Indian journal of veterinary science and animal husbandry - Volume 2,
Year: 1932
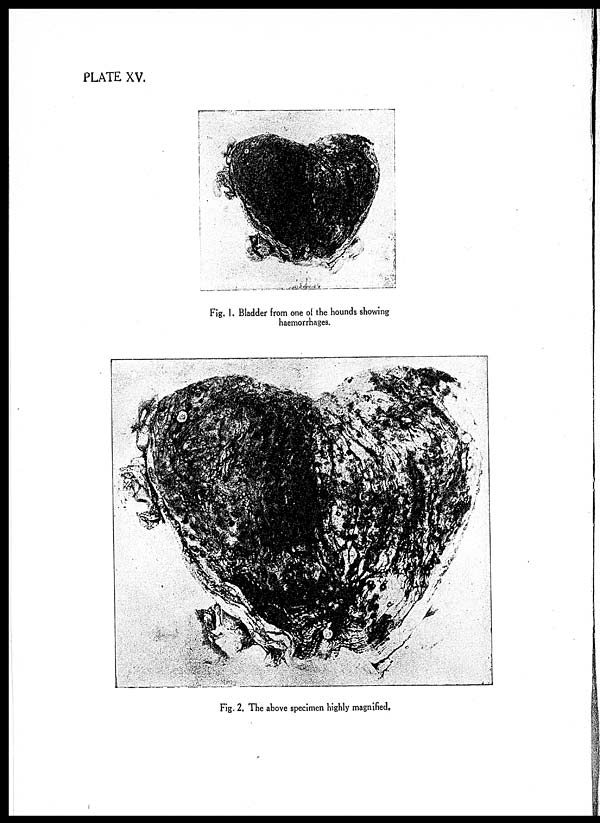
PLATE XV.
Fig. 1. Bladder from one of the hounds showing
haemorrhages.
Fig. 2. The above specimen highly magnified.